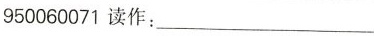
950060071 读作：___